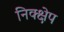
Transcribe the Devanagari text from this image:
निक्क्षेप